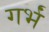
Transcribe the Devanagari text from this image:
गर्भं